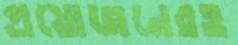
প্রয়োজনেরও